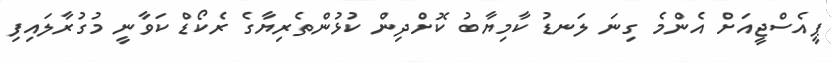
ޕީއެސްޖީއަށް އެންމެ ގިނަ ލަނޑު ކާމިޔާބު ކޮށްދިން ކުޅުންތެރިޔާގެ ރެކޯޑް ކަވާނީ މުގުރާލައިފި